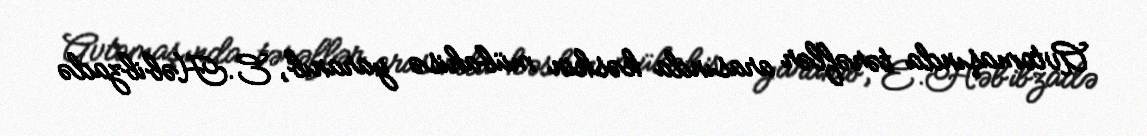
Avtomaşında tərəflər arasında kəskin mübahisə yaranıb, E.Həbibzadə